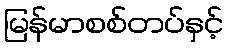
မြန်မာစစ်တပ်နှင့်